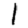
Digit: 1